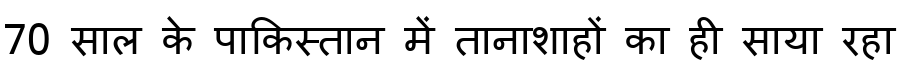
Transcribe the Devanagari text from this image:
70 साल के पाकिस्तान में तानाशाहों का ही साया रहा